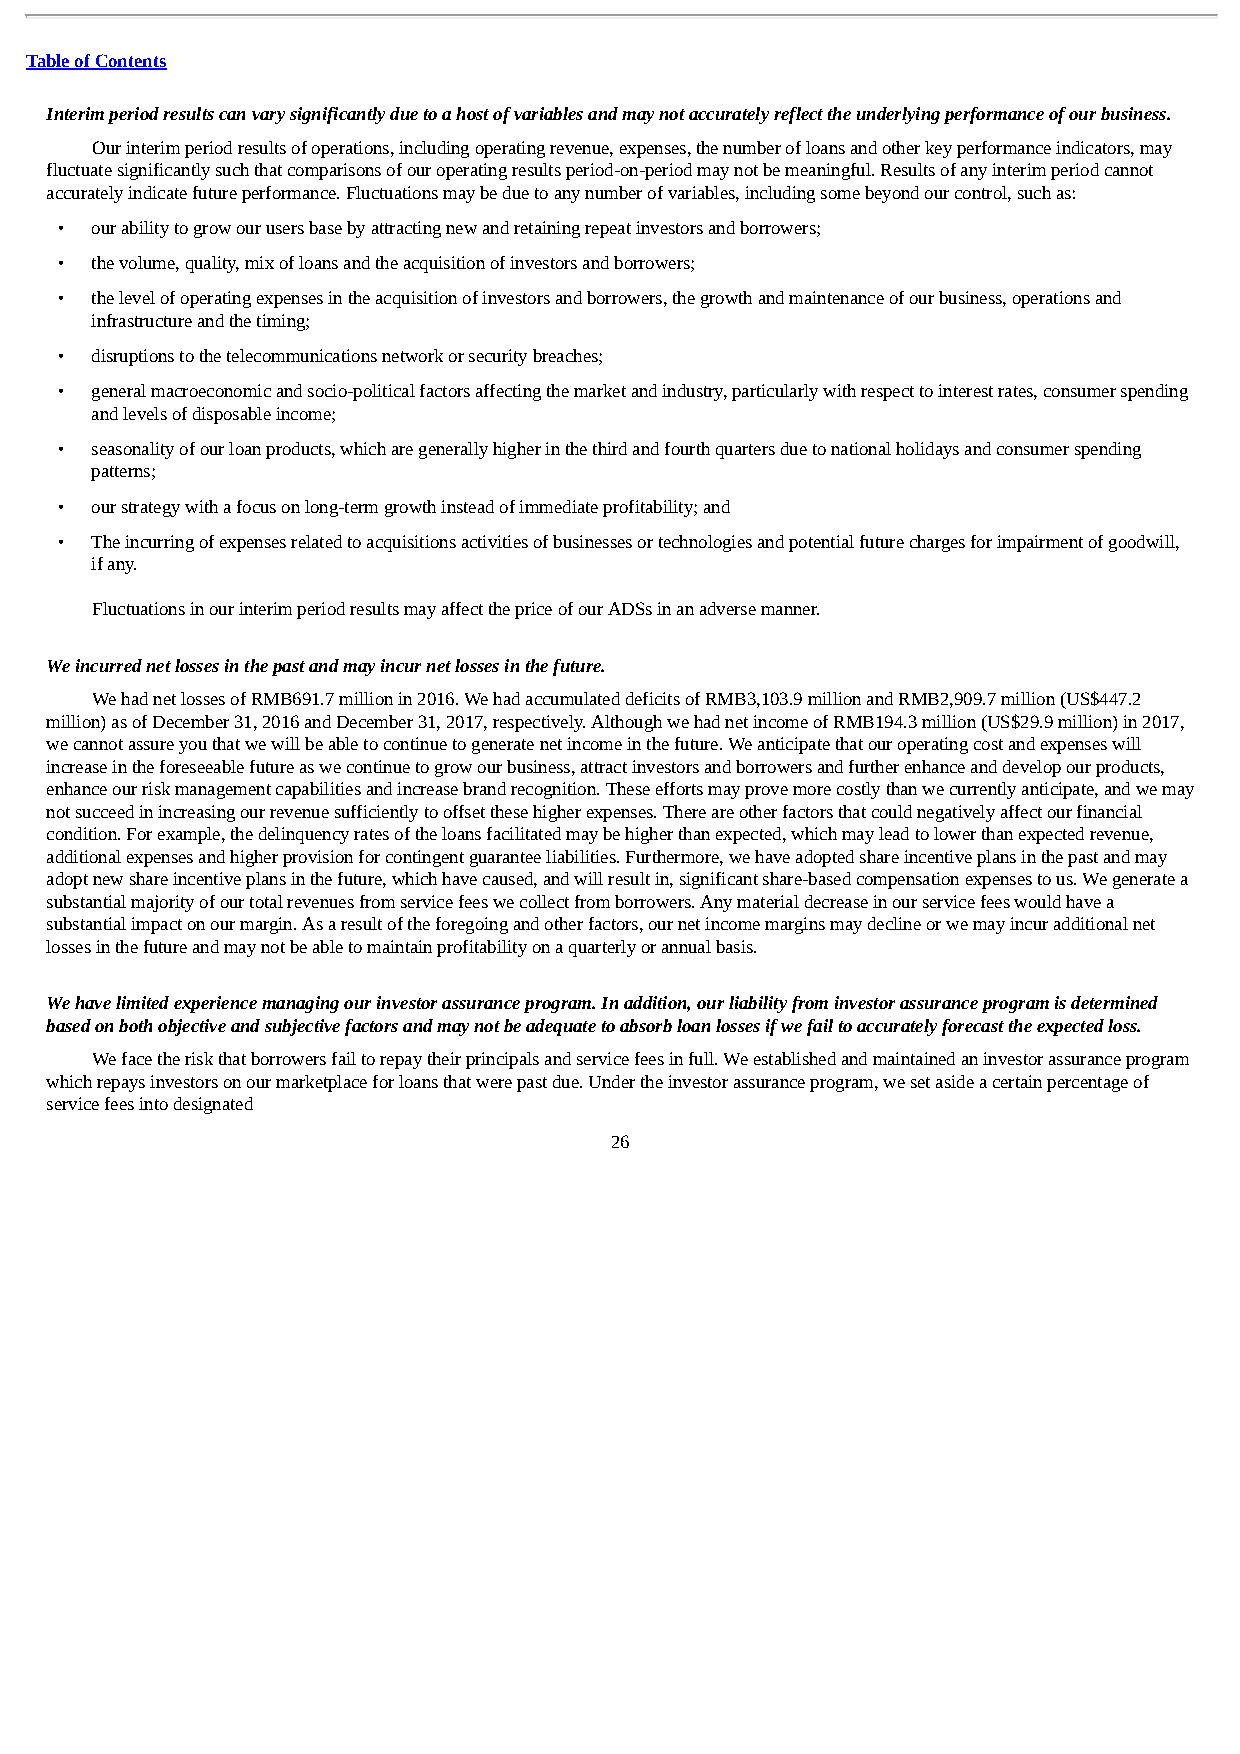
Table of Contents
 Interim period results can vary significantly due to a host of variables and may not accurately reflect the underlying performance of our business.
 Our interim period results of operations, including operating revenue, expenses, the number of loans and other key performance indicators, may
 fluctuate significantly such that comparisons of our operating results period-on-period may not be meaningful. Results of any interim period cannot
 accurately indicate future performance. Fluctuations may be due to any number of variables, including some beyond our control, such as:
 • our ability to grow our users base by attracting new and retaining repeat investors and borrowers;
 • the volume, quality, mix of loans and the acquisition of investors and borrowers;
 • the level of operating expenses in the acquisition of investors and borrowers, the growth and maintenance of our business, operations and
 infrastructure and the timing;
 • disruptions to the telecommunications network or security breaches;
 • general macroeconomic and socio-political factors affecting the market and industry, particularly with respect to interest rates, consumer spending
 and levels of disposable income;
 • seasonality of our loan products, which are generally higher in the third and fourth quarters due to national holidays and consumer spending
 patterns;
 • our strategy with a focus on long-term growth instead of immediate profitability; and
 • The incurring of expenses related to acquisitions activities of businesses or technologies and potential future charges for impairment of goodwill,
 if any.
 Fluctuations in our interim period results may affect the price of our ADSs in an adverse manner.
 We incurred net losses in the past and may incur net losses in the future.
 We had net losses of RMB691.7 million in 2016. We had accumulated deficits of RMB3,103.9 million and RMB2,909.7 million (US$447.2
 million) as of December 31, 2016 and December 31, 2017, respectively. Although we had net income of RMB194.3 million (US$29.9 million) in 2017,
 we cannot assure you that we will be able to continue to generate net income in the future. We anticipate that our operating cost and expenses will
 increase in the foreseeable future as we continue to grow our business, attract investors and borrowers and further enhance and develop our products,
 enhance our risk management capabilities and increase brand recognition. These efforts may prove more costly than we currently anticipate, and we may
 not succeed in increasing our revenue sufficiently to offset these higher expenses. There are other factors that could negatively affect our financial
 condition. For example, the delinquency rates of the loans facilitated may be higher than expected, which may lead to lower than expected revenue,
 additional expenses and higher provision for contingent guarantee liabilities. Furthermore, we have adopted share incentive plans in the past and may
 adopt new share incentive plans in the future, which have caused, and will result in, significant share-based compensation expenses to us. We generate a
 substantial majority of our total revenues from service fees we collect from borrowers. Any material decrease in our service fees would have a
 substantial impact on our margin. As a result of the foregoing and other factors, our net income margins may decline or we may incur additional net
 losses in the future and may not be able to maintain profitability on a quarterly or annual basis.
 We have limited experience managing our investor assurance program. In addition, our liability from investor assurance program is determined
 based on both objective and subjective factors and may not be adequate to absorb loan losses if we fail to accurately forecast the expected loss.
 We face the risk that borrowers fail to repay their principals and service fees in full. We established and maintained an investor assurance program
 which repays investors on our marketplace for loans that were past due. Under the investor assurance program, we set aside a certain percentage of
 service fees into designated
 26